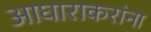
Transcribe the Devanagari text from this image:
आघाराकरांना